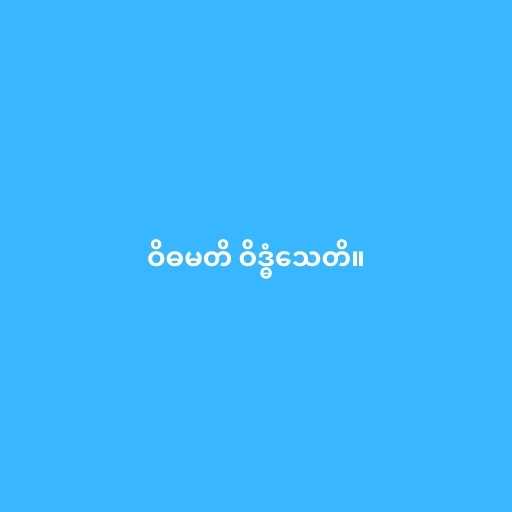
ဝိဓမတိ ဝိဒ္ဓံသေတိ။